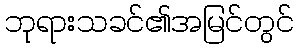
ဘုရားသခင်၏အမြင်တွင်